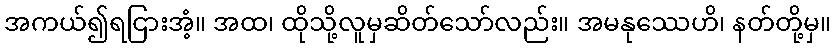
အကယ်၍ရငြားအံ့။ အထ၊ ထိုသို့လူမှဆိတ်သော်လည်း။ အမနုဿေဟိ၊ နတ်တို့မှ။